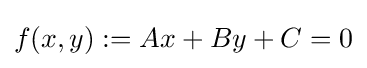
f(x,y):=Ax+By+C=0